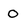
Character: O